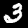
Label: 3